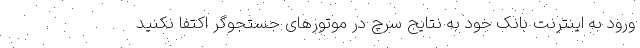
ورود به اینترنت بانک خود به نتایج سرچ در موتورهای جستجوگر اکتفا نکنید